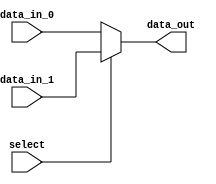
module mux_2to1 (
    input wire data_in_0, // First input signal
    input wire data_in_1, // Second input signal
    input wire select, // Select signal
    output reg data_out // Output signal
);

always @(select)
begin
    if(select == 0)
        data_out = data_in_0;
    else
        data_out = data_in_1;
end

endmodule